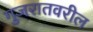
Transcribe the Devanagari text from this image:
गुजरातवरील